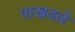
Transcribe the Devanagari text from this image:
पाखडले